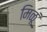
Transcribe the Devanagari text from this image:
मिळूं